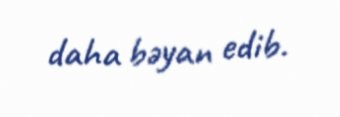
daha bəyan edib.